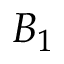
B _ { 1 }